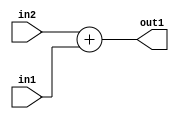
`timescale 1ps / 1ps
/*****************************************************************************
    Verilog RTL Description
    
    
    Created by: Stratus DpOpt 2019.1.01 
*******************************************************************************/

module GaussFilter_Add_8Ux8U_9U_1 (
	in2,
	in1,
	out1
	); /* architecture "behavioural" */ 
input [7:0] in2,
	in1;
output [8:0] out1;
wire [8:0] asc001;

assign asc001 = 
	+(in2)
	+(in1);

assign out1 = asc001;
endmodule

/* CADENCE  urn2Two= : u9/ySgnWtBlWxVPRXgAZ4Og= ** DO NOT EDIT THIS LINE ******/